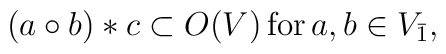
(a \circ b) * c \subset O(V)\,\mbox{for} \, a,b \in V_{\bar{1}},